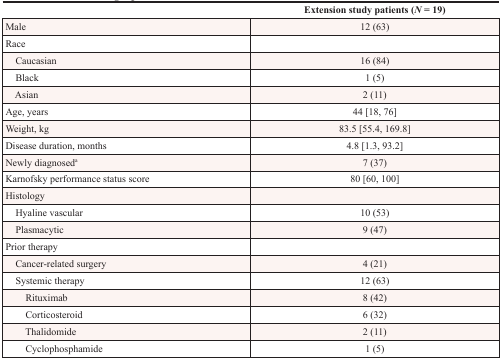
|  | Extension study patients (N = 19) |
 | --- | --- |
 | Male | 12 (63) |
 | Race |  |
 | Caucasian | 16 (84) |
 | Black | 1 (5) |
 | Asian | 2 (11) |
 | Age, years | 44 [18, 76] |
 | Weight, kg | 83.5 [55.4, 169.8] |
 | Disease duration, months | 4.8 [1.3, 93.2] |
 | Newly diagnoseda | 7 (37) |
 | Karnofsky performance status score | 80 [60, 100] |
 | Histology |  |
 | Hyaline vascular | 10 (53) |
 | Plasmacytic | 9 (47) |
 | Prior therapy |  |
 | Cancer-related surgery | 4 (21) |
 | Systemic therapy | 12 (63) |
 | Rituximab | 8 (42) |
 | Corticosteroid | 6 (32) |
 | Thalidomide | 2 (11) |
 | Cyclophosphamide | 1 (5) |